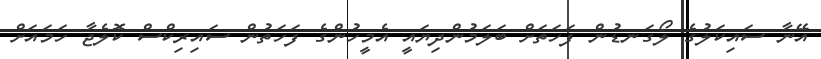
އޭނާ ސައިކަލުގެ ލޯގަނޑުން ފަހަތަށް ބަލަމުންދިޔައީ އެމީހުންގެ ފަހަތުން ސައިރިކްސް ކޮލެޖާ ހަމައަށް